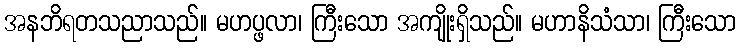
အနဘိရတသညာသည်။ မဟပ္ဖလာ၊ ကြီးသော အကျိုးရှိသည်။ မဟာနိသံသာ၊ ကြီးသော